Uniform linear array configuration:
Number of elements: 4
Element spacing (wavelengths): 0.5
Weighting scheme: cosine
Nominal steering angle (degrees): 0
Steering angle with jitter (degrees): -1.639
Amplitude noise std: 0.05
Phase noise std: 0.05

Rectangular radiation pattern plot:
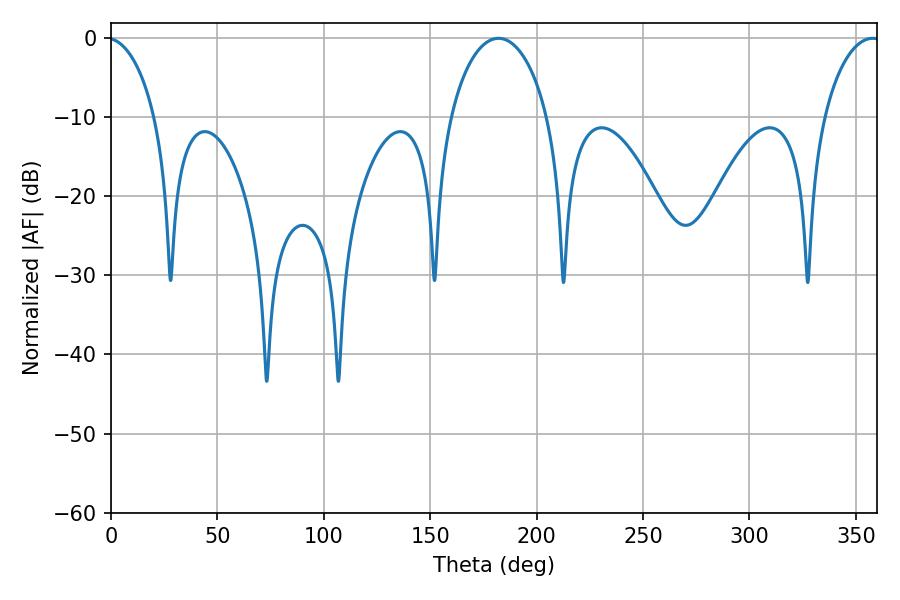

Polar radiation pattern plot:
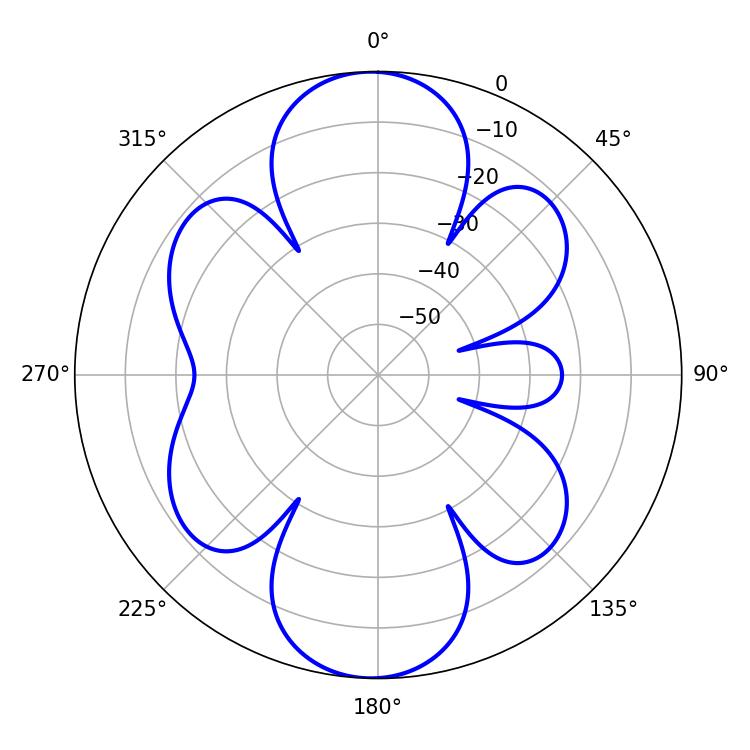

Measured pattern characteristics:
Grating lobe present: FALSE
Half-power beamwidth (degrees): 26.28
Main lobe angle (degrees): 182.16